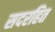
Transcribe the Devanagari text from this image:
सदरहित